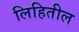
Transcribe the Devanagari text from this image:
लिहितील